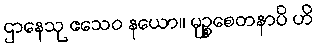
ဌာနေသု ဧသေဝ နယော။ မုဉ္စစေတနာပိ ဟိ